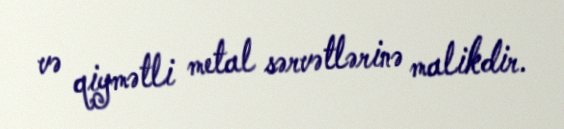
və qiymətli metal sərvətlərinə malikdir.